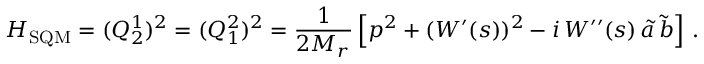
H _ { \mathrm { S Q M } } = ( Q _ { 2 } ^ { 1 } ) ^ { 2 } = ( Q _ { 1 } ^ { 2 } ) ^ { 2 } = \frac { 1 } { 2 M _ { r } } \left[ p ^ { 2 } + ( W ^ { \prime } ( s ) ) ^ { 2 } - i \, W ^ { \prime \prime } ( s ) \, \tilde { a } \, \tilde { b } \right] \, .